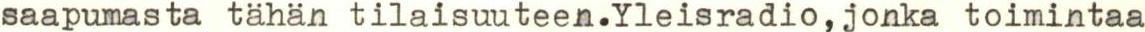
saapumasta tähän tilaisuuteen.Yleisradio,jonka toimintaa